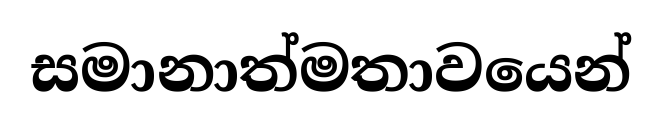
සමානාත්මතාවයෙන්